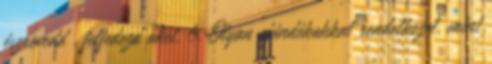
észrevedd , felfedezd őket. 6. Olyan ajándékokkal rendelkezel, mint